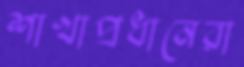
শাখাপ্রধানেরা